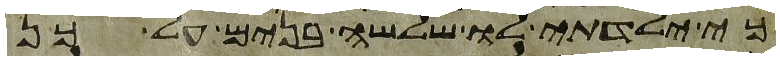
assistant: כי ילדתי לו שלשה בנים על כן